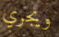
ويجري